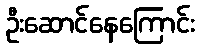
ဦးဆောင်နေကြောင်း